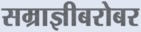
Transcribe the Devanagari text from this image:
सम्राज्ञीबरोबर